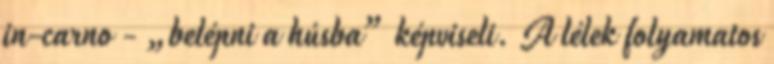
in-carno - „belépni a húsba” képviseli. A lélek folyamatos